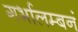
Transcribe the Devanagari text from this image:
गर्भालम्बनं